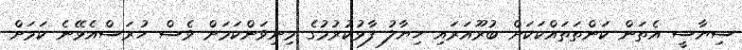
ސިޔާސީ އެތަން ކަންތަތައްކަކަށް ބުރޫއަރައި ހިޔާލު ފާޅުކުރުމުގެ މިނިވަންކަމަށް ވެސް ހުރަސްއެޅޭނެ ކަމަށް